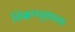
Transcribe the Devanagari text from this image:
शिक्षणसुधारक